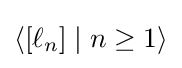
\langle [\ell _{n}]\mid n\geq 1\rangle